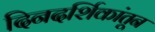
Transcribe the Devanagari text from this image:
दिनदर्शिकांतून